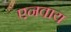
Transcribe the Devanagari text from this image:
एनवाय